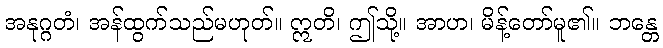
အနုဂ္ဂတံ၊ အန်ထွက်သည်မဟုတ်။ ဣတိ၊ ဤသို့။ အာဟ၊ မိန့်တော်မူ၏။ ဘန္တေ